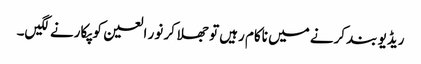
ریڈیو بند کرنے میں ناکام رہیں تو جھلا کر نور العین کو پکارنے لگیں۔